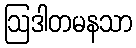
ဩဒါတမနသာ